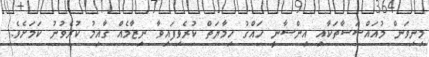
މިނިވަން މުއައްސަސާތަކާއި އިންސާނީ ހައްގު ހިމާޔަތް ކުރެވިފައިވާ ނިޒާމެއް ގާއިމު ކުރެވުނު ކަމަށެވެ.